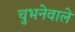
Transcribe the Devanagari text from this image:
चुभनेवाले